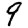
Digit: 9